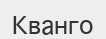
Кванго